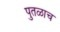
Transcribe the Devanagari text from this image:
पुतळाच